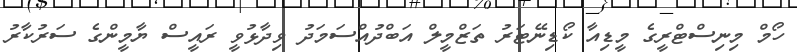
ހޯމް މިނިސްޓްރީގެ މީޑިއާ ކޯޑިނޭޓަރު ތަޒްމީލް އަބްދުއްސަމަދު ވިދާޅުވީ ރައީސް ޔާމީންގެ ސަރުކާރު